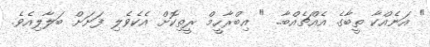
" އަނެއްކާ ތީބާގެ އެއްޗެއްބާ.. " އިބްރާހީމް ރީތިކޮށް އެކެވެލި ފަށަށް ބަލާލިއެވެ.